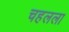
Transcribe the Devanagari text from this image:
चहलला